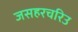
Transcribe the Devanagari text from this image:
जसहरचरिउ